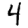
Digit: 4